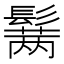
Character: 𱆆